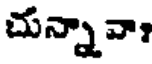
చున్నావా?